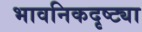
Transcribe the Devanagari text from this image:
भावनिकदृष्‍ट्या